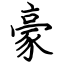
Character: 豪